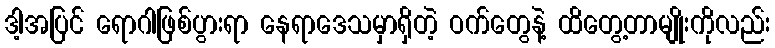
ဒါ့အပြင် ရောဂါဖြစ်ပွားရာ နေရာဒေသမှာရှိတဲ့ ဝက်တွေနဲ့ ထိတွေ့တာမျိုးကိုလည်း